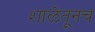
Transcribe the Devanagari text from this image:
शाळेतूनच